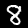
Digit: 8